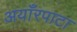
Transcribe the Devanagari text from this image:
अयाँरपाटा